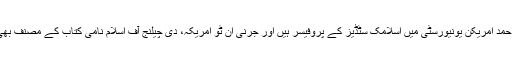
اکبر احمد امریکن یونیورسٹی میں اسلامک سٹڈیز کے پروفیسر ہیں اور جرنی ان ٹو امریکہ، دی چیلنج آف اسلام نامی کتاب کے مصنف بھی ہیں۔